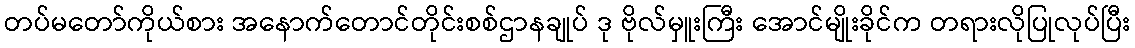
တပ်မတော်ကိုယ်စား အနောက်တောင်တိုင်းစစ်ဌာနချုပ် ဒု ဗိုလ်မှူးကြီး အောင်မျိုးခိုင်က တရားလိုပြုလုပ်ပြီး